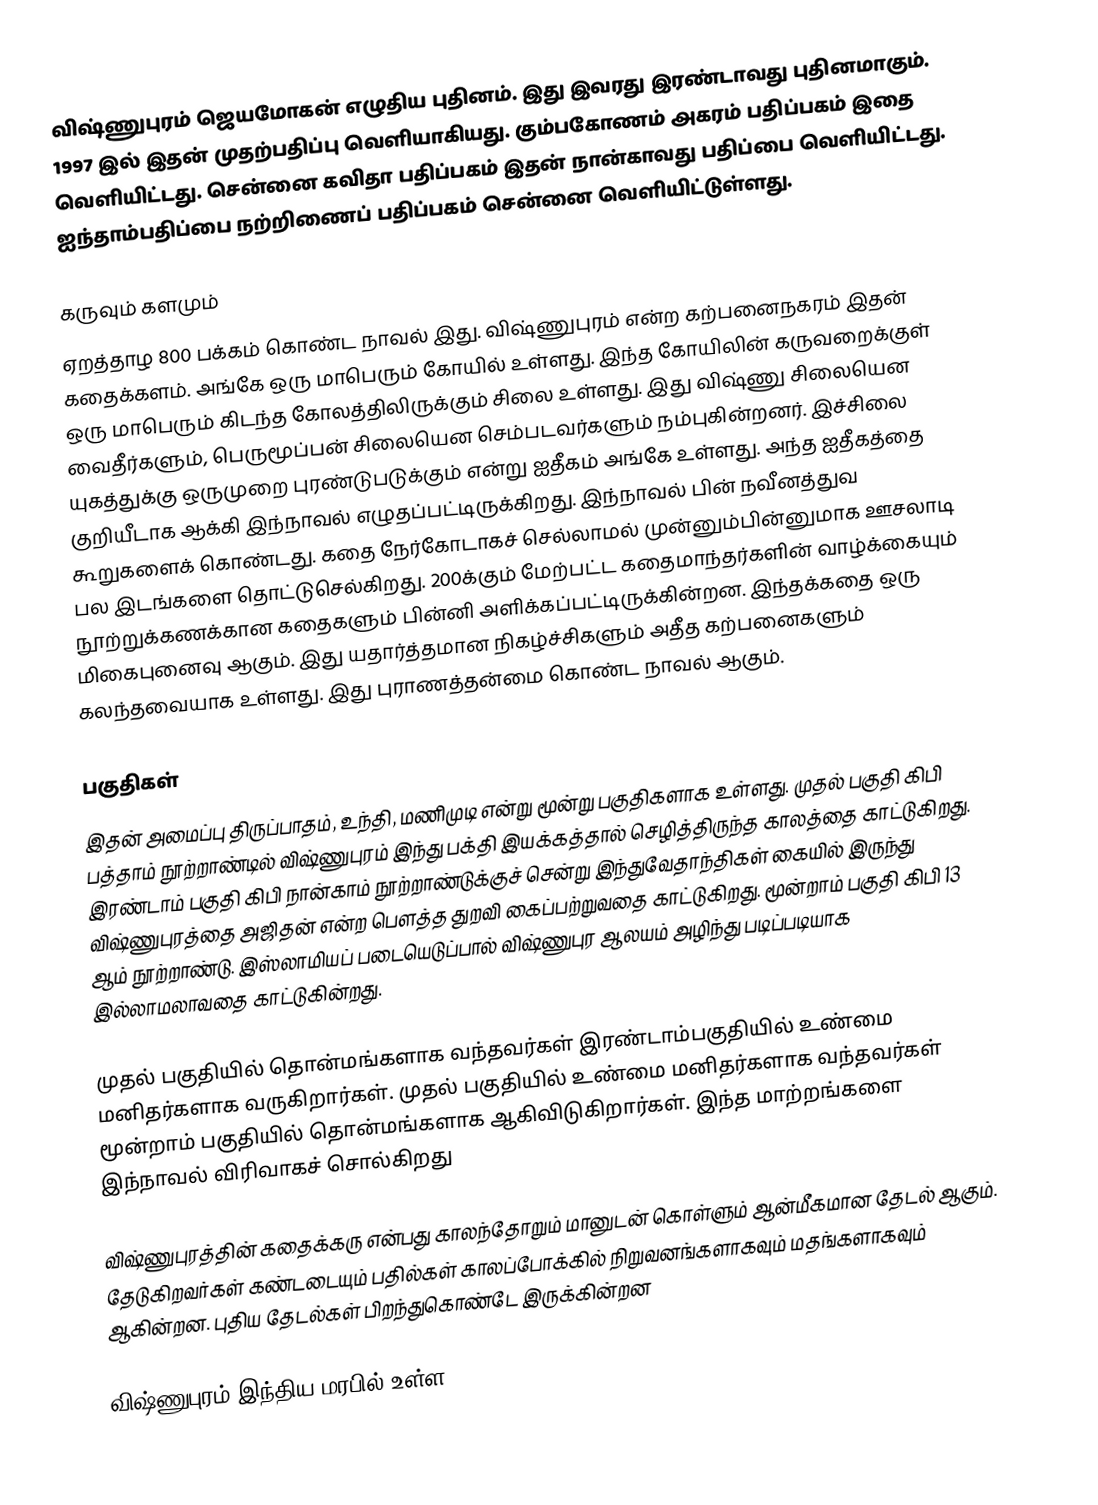
விஷ்ணுபுரம் ஜெயமோகன் எழுதிய புதினம். இது இவரது இரண்டாவது புதினமாகும். 1997 இல் இதன் முதற்பதிப்பு வெளியாகியது. கும்பகோணம் அகரம் பதிப்பகம் இதை வெளியிட்டது. சென்னை கவிதா பதிப்பகம் இதன் நான்காவது பதிப்பை வெளியிட்டது. ஐந்தாம்பதிப்பை நற்றிணைப் பதிப்பகம் சென்னை வெளியிட்டுள்ளது.

கருவும் களமும்
ஏறத்தாழ 800 பக்கம் கொண்ட நாவல் இது. விஷ்ணுபுரம் என்ற கற்பனைநகரம் இதன் கதைக்களம். அங்கே ஒரு மாபெரும் கோயில் உள்ளது. இந்த கோயிலின் கருவறைக்குள் ஒரு மாபெரும் கிடந்த கோலத்திலிருக்கும் சிலை உள்ளது. இது விஷ்ணு சிலையென வைதீர்களும், பெருமூப்பன் சிலையென செம்படவர்களும் நம்புகின்றனர்.  இச்சிலை  யுகத்துக்கு ஒருமுறை புரண்டுபடுக்கும் என்று ஐதீகம் அங்கே உள்ளது. அந்த ஐதீகத்தை குறியீடாக ஆக்கி இந்நாவல் எழுதப்பட்டிருக்கிறது. இந்நாவல் பின் நவீனத்துவ கூறுகளைக் கொண்டது. கதை நேர்கோடாகச் செல்லாமல் முன்னும்பின்னுமாக ஊசலாடி பல இடங்களை தொட்டுசெல்கிறது. 200க்கும் மேற்பட்ட கதைமாந்தர்களின் வாழ்க்கையும் நூற்றுக்கணக்கான கதைகளும் பின்னி அளிக்கப்பட்டிருக்கின்றன. இந்தக்கதை ஒரு மிகைபுனைவு ஆகும். இது யதார்த்தமான நிகழ்ச்சிகளும் அதீத கற்பனைகளும் கலந்தவையாக உள்ளது. இது புராணத்தன்மை கொண்ட நாவல் ஆகும்.

பகுதிகள்
இதன் அமைப்பு திருப்பாதம், உந்தி, மணிமுடி என்று மூன்று பகுதிகளாக உள்ளது. முதல் பகுதி கிபி பத்தாம் நூற்றாண்டில் விஷ்ணுபுரம் இந்து பக்தி இயக்கத்தால் செழித்திருந்த காலத்தை காட்டுகிறது. இரண்டாம் பகுதி கிபி நான்காம் நூற்றாண்டுக்குச் சென்று இந்துவேதாந்திகள் கையில் இருந்து விஷ்ணுபுரத்தை அஜிதன் என்ற பௌத்த துறவி கைப்பற்றுவதை காட்டுகிறது. மூன்றாம் பகுதி கிபி 13 ஆம் நூற்றாண்டு. இஸ்லாமியப் படையெடுப்பால் விஷ்ணுபுர ஆலயம் அழிந்து படிப்படியாக இல்லாமலாவதை காட்டுகின்றது.

முதல் பகுதியில் தொன்மங்களாக வந்தவர்கள் இரண்டாம்பகுதியில் உண்மை மனிதர்களாக வருகிறார்கள். முதல் பகுதியில் உண்மை மனிதர்களாக வந்தவர்கள் மூன்றாம் பகுதியில் தொன்மங்களாக ஆகிவிடுகிறார்கள். இந்த மாற்றங்களை இந்நாவல் விரிவாகச் சொல்கிறது

விஷ்ணுபுரத்தின் கதைக்கரு என்பது காலந்தோறும் மானுடன் கொள்ளும் ஆன்மீகமான தேடல் ஆகும். தேடுகிறவர்கள் கண்டடையும் பதில்கள் காலப்போக்கில் நிறுவனங்களாகவும் மதங்களாகவும் ஆகின்றன. புதிய தேடல்கள் பிறந்துகொண்டே இருக்கின்றன

விஷ்ணுபுரம் இந்திய மரபில் உள்ள